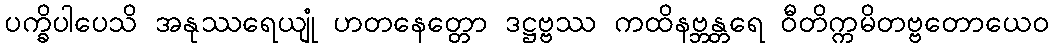
ပက္ခိပါပေသိ အနုဿရေယျုံ ဟတနေတ္တော ဒဋ္ဌဗ္ဗဿ ကထိနဗ္ဘန္တရေ ဝီတိက္ကမိတဗ္ဗတောယေဝ